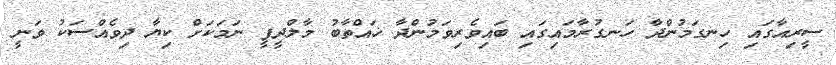
ސީރިއާގައި ހިނގަމުންދާ ހަނގުރާމައިގައި ބައިވެރިވަމުންދާ ޚައްތާބު މާލްދީފީ ނަމަކަށް ކިޔާ ދިވެއްސަކު ވަނީ